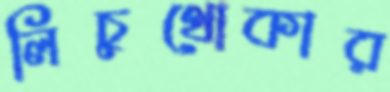
লিচুথোকার